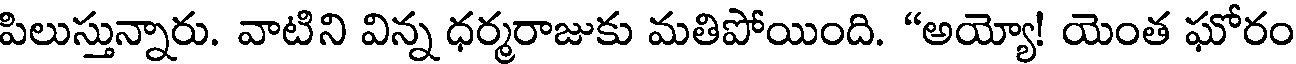
పిలుస్తున్నారు. వాటిని విన్న ధర్మరాజుకు మతిపోయింది. "అయ్యో! యెంత ఘోరం